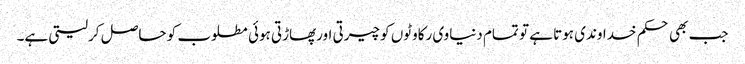
جب بھی حکم خداوندی ہوتا ہے تو تمام دنیاوی رکاوٹوں کو چیرتی اورپھاڑتی ہوئی مطلوب کو حاصل کرلیتی ہے۔